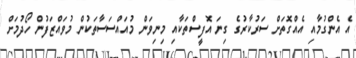
އެ އެންގުމާއި އެއްގޮތަށް ސަރުކާރުގެ ގިނަ އޮފީސްތަކާއި މިނިވަން މުއައްސަސާތަކުން މުވައްޒަފުން ހޯދުމަށް